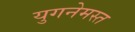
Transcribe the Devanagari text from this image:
युगनेमस्त